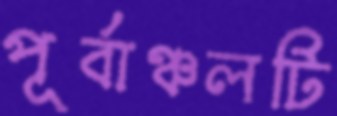
পূর্বাঞ্চলটি